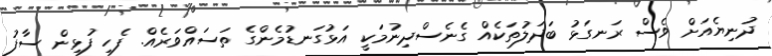
ދުނިޔެއަށް ވެސް ރަނގަޅު ބަދަލުތަކެއް ގެނެސްދިނުމަކީ އަޅުގަނޑުމެންގެ ތަސައްވަރެއް. ފެހި ފުޅިން ސާފު